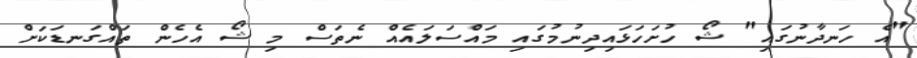
"އެ ހަނދާނުގައި" ޝޯ ހުށަހަޅައިދިނުމުގައި މައްސަލައެއް ނެތަސް މި ޝޯ އެހެން ތައްގަނޑަކަށް